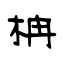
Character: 柟